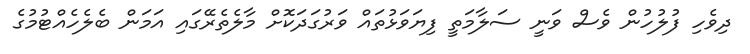
ދިވެހި ފުލުހުން ވެސް ވަނީ ސަލާމަތީ ފިޔަވަޅުތައް ވަރުގަދަކޮށް މާލެތެރޭގައި އަމަން ބެލެހެއްޓުމުގެ